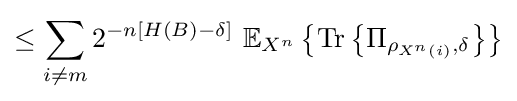
\leq \sum _{i\neq m}2^{-n\left[H\left(B\right)-\delta \right]}\ \mathbb {E} _{X^{n}}\left\{{\text{Tr}}\left\{\Pi _{\rho _{X^{n}\left(i\right)},\delta }\right\}\right\}